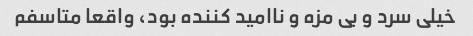
خیلی سرد و بی مزه و ناامید کننده بود، واقعا متاسفم